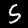
Digit: 5